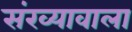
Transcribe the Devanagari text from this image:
संख्यावाला